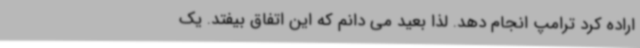
اراده کرد ترامپ انجام دهد. لذا بعید می دانم که این اتفاق بیفتد. یک